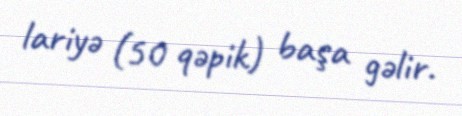
lariyə (50 qəpik) başa gəlir.